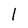
Character: l